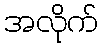
အလိုက်